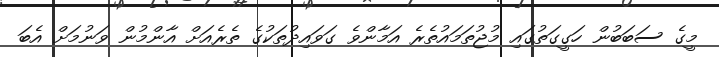
މީގެ ސަބަބުން ހަގީގަތުގައި މުޖުތަމައުތެރެ އަމާންވެ ގަވައިދުތަކުގެ ތެރެއަށް އާންމުން ވަނުމަށް އެބަ